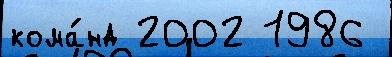
кома́нд 2002 1986